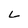
Character: L